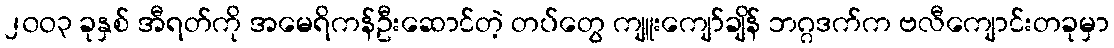
၂၀ဝ၃ ခုနှစ် အီရတ်ကို အမေရိကန်ဦးဆောင်တဲ့ တပ်တွေ ကျူးကျော်ချိန် ဘဂ္ဂဒက်က ဗလီကျောင်းတခုမှာ